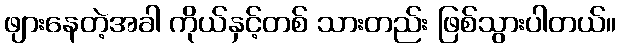
ဖျားနေတဲ့အခါ ကိုယ်နှင့်တစ် သားတည်း ဖြစ်သွားပါတယ်။